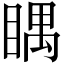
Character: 𥈬